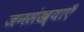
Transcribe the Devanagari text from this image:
जनसंख्याएँ